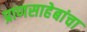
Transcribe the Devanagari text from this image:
प्राणसाहेबांचा